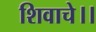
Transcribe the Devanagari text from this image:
शिवाचे।।